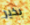
بخير